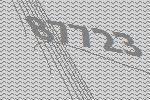
87723